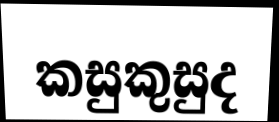
කසුකුසුද